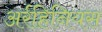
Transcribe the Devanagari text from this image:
अर्रहिनियस